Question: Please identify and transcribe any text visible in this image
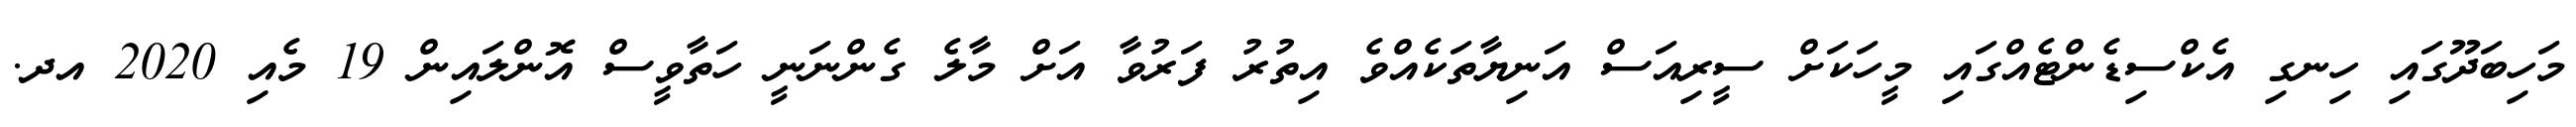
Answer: މަހިބަދޫގައި ހިނގި އެކްސިޑެންޓެއްގައި މީހަކަށް ސީރިއަސް އަނިޔާތަކެއްވެ އިތުރު ފަރުވާ އަށް މާލެ ގެންނަނީ ހަތާވީސް އޮންލައިން 19 މެއި 2020 އދ.